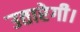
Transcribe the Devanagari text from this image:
उतारेगी।